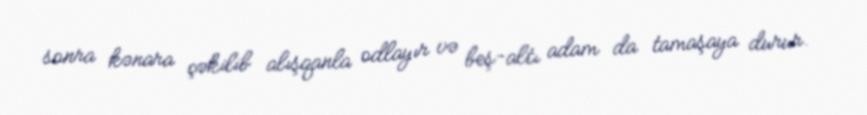
sonra kənara çəkilib alışqanla odlayır və beş-altı adam da tamaşaya durur.